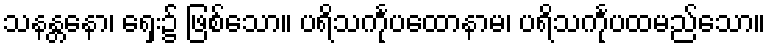
သနန္တနော၊ ရှေး၌ ဖြစ်သော။ ပရိသင်္ကုပထောနာမ၊ ပရိသင်္ကုပထမည်သော။